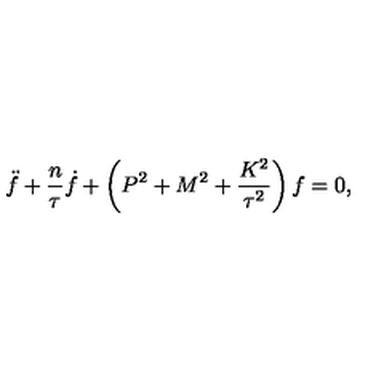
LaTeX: \ddot { f } + \frac { n } { \tau } \dot { f } + \left( P ^ { 2 } + M ^ { 2 } + \frac { K ^ { 2 } } { \tau ^ { 2 } } \right) f = 0 ,